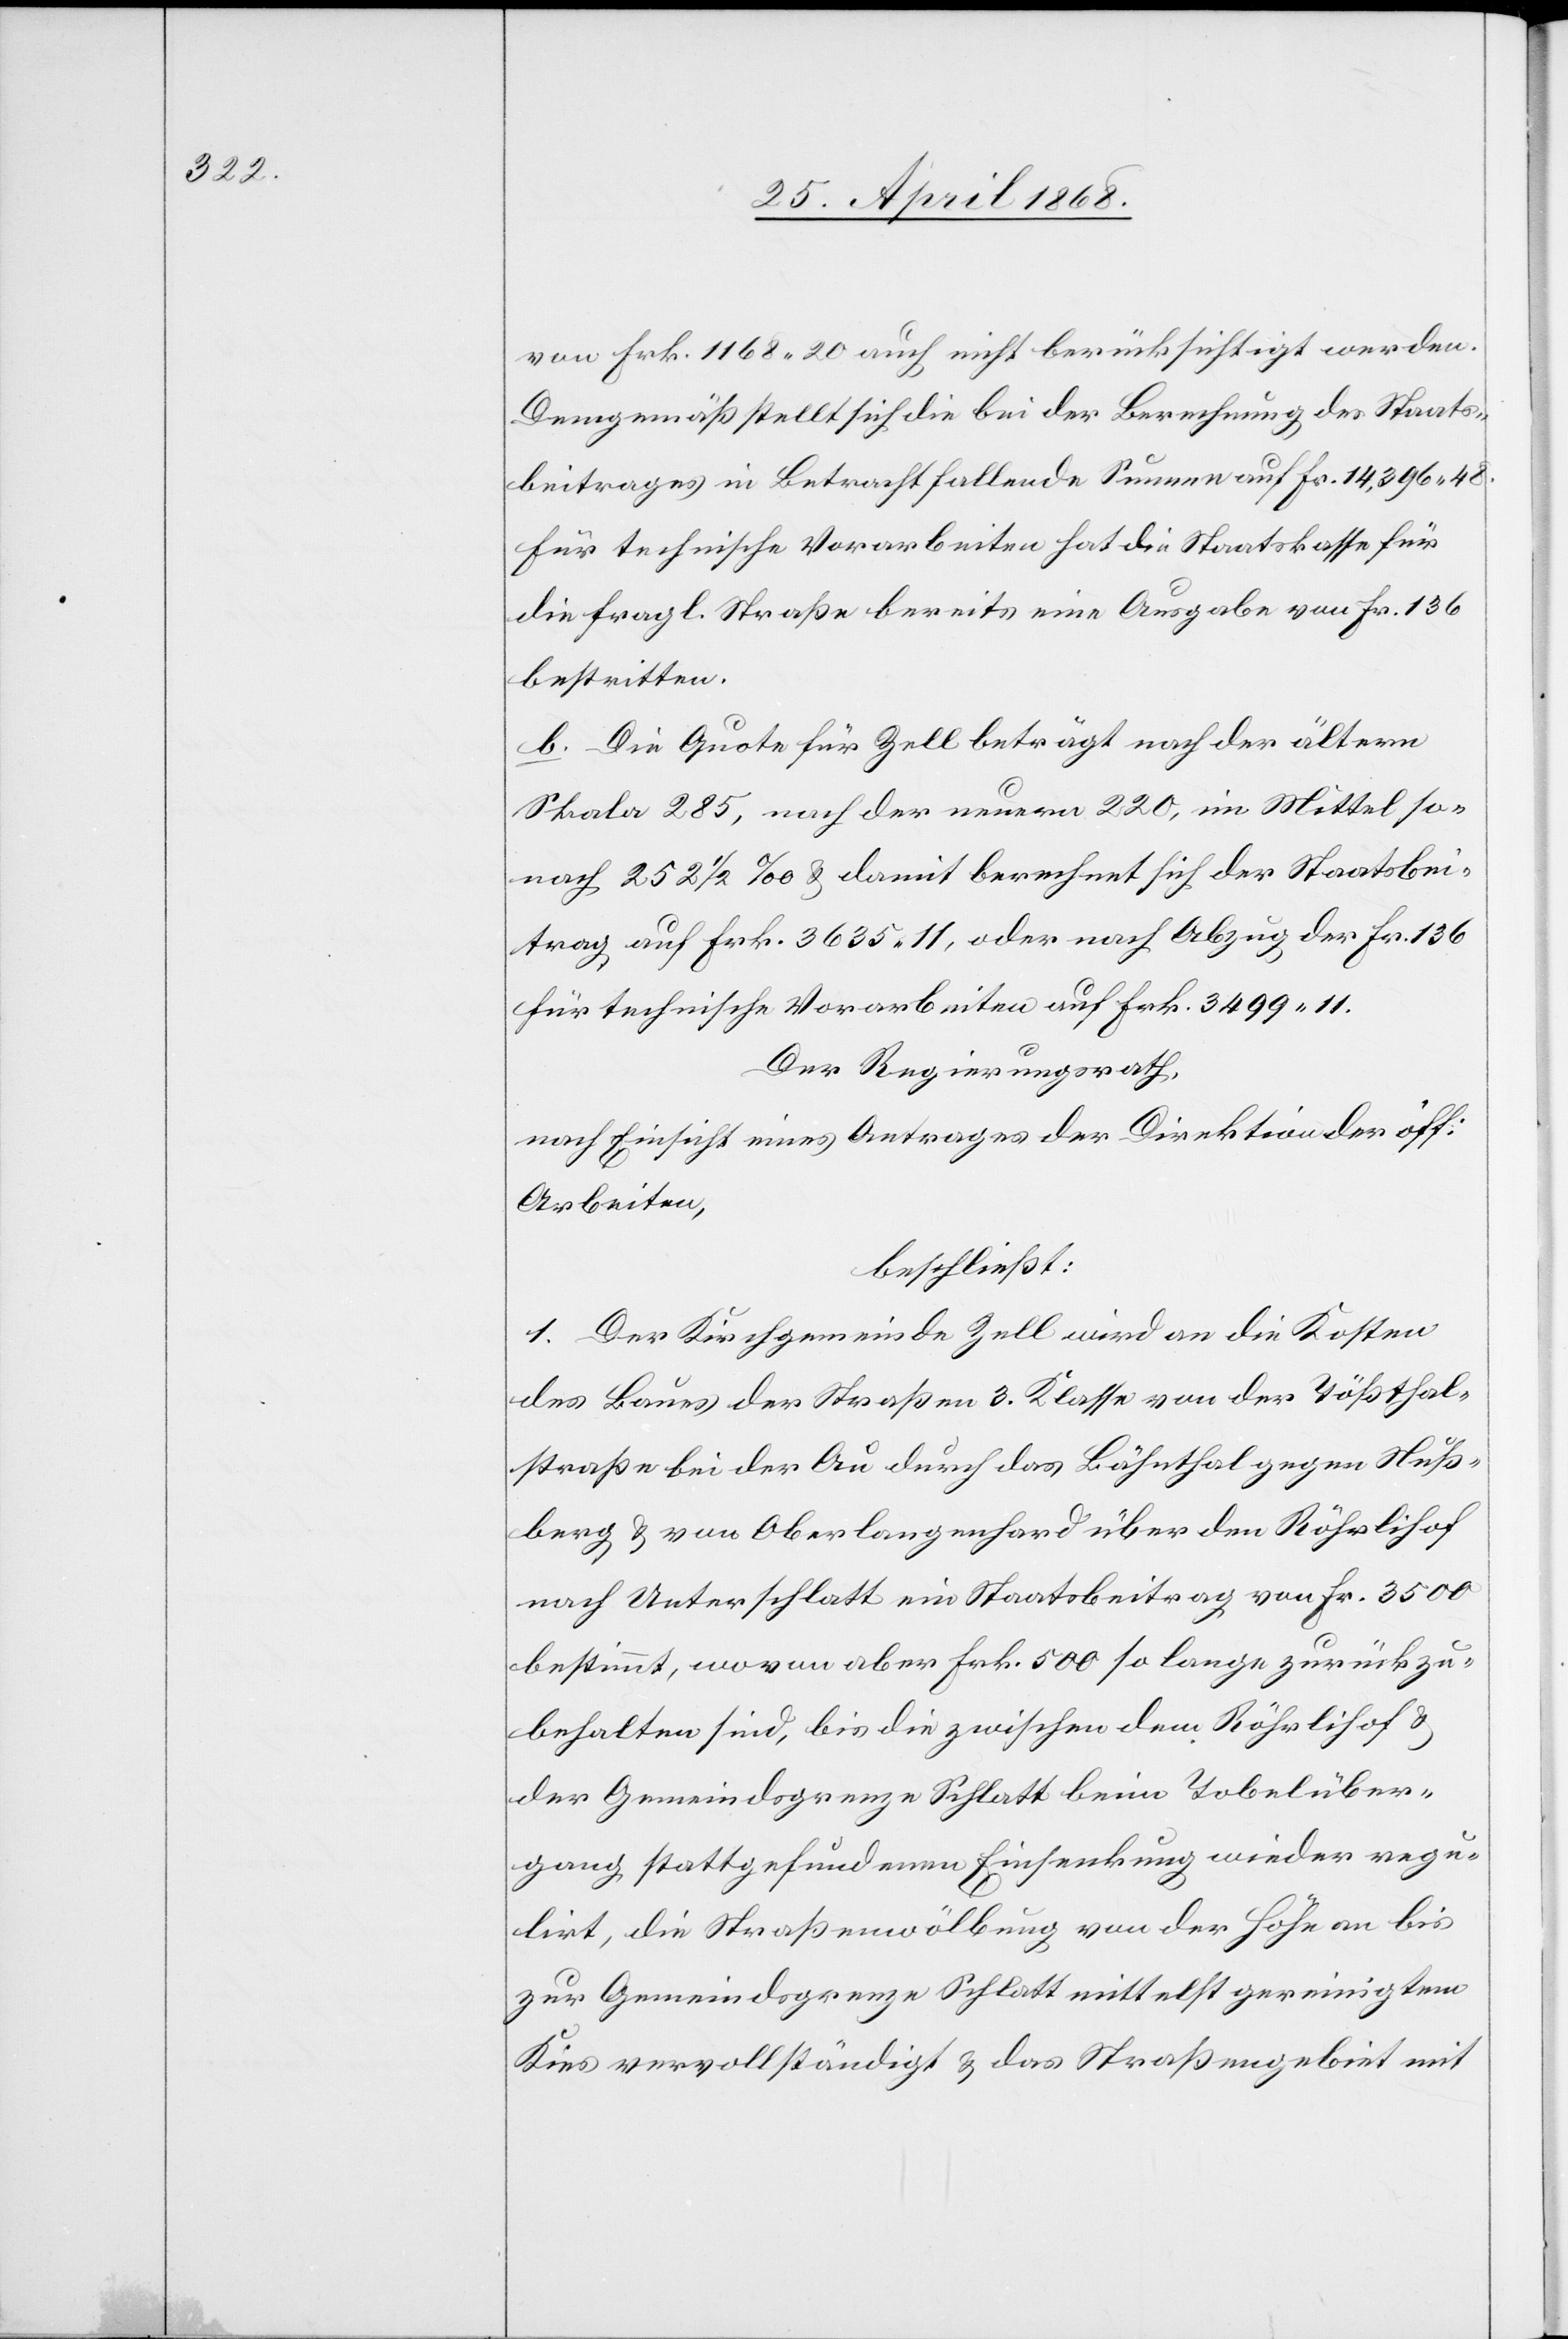
von Frk. 1168. 20 auch nicht berücksichtigt werden.
Demgemäß stellt sich die bei der Berechnung des Staats¬
beitrages in Betracht fallende Summe auf Fr. 14,396. 48.
Für technische Vorarbeiten hat die Staatskasse für
die fragl. Straße bereits eine Ausgabe von Fr. 136
bestritten.
b. Die Quote für Zell beträgt nach der ältern
Skala 285, nach der neuern 220, im Mittel so¬
nach 252 1/2 ‰ & damit berechnet sich der Staatsbei¬
trag auf Frk. 3635. 11, oder nach Abzug der Fr. 136
für technische Vorarbeiten auf Frk. 3499. 11.
Der Regierungsrath,
nach Einsicht eines Antrages der Direktion der öff:
Arbeiten,
beschließt:
1. Der Kirchgemeinde Zell wird an die Kosten
des Baues der Straßen 3. Klasse von der Tößthal¬
straße bei der Au durch das Bähnthal gegen Nuß¬
berg & von Oberlangenhard über den Röhrlihof
nach Unterschlatt ein Staatsbeitrag von Fr. 3500
bestimmt, wovon aber Frk. 500 so lange zurückzu¬
behalten sind, bis die zwischen dem Röhrlihof &
der Gemeindsgrenze Schlatt beim Tobelüber¬
gang stattgefundenen Einsenkung wieder regu¬
lirt, die Straßenwölbung von der Höhe an bis
zur Gemeindsgrenze Schlatt mittelst gereinigtem
Kies vervollständigt & das Straßengebiet mit